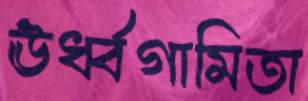
ঊর্ধ্বগামিতা